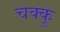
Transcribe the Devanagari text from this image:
चक्कू